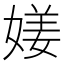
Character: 𡟜